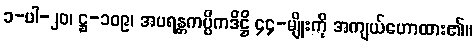
၁-ပါ-၂၀၊ ဋ္ဌ-၁၀၉၊ အပရန္တကပ္ပိကဒိဋ္ဌိ ၄၄-မျိုးကို အကျယ်ဟောထား၏။